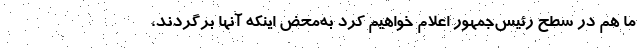
ما هم در سطح رئیس‌جمهور اعلام خواهیم کرد به‌محض اینکه آنها برگردند،